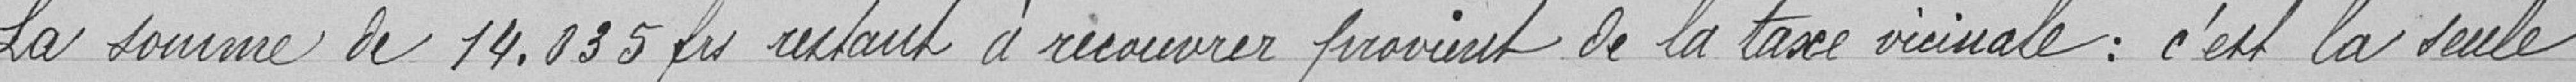
La somme de 14.035 francs restant à recouvrir provient de la taxe vicinale : c'est la seule